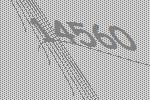
14560